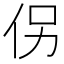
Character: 𪜯